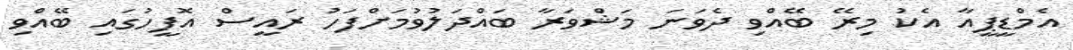
އެމްޑީޕީއާ އެކު މިރޭ ބޭއްވި ދެވަނަ މަޝްވަރާ ބައްދަލުވުމަށްފަހު ރައީސް އޮފީހުގައި ބޭއްވި